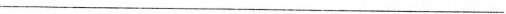
___